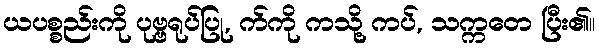
ယပစ္စည်းကို ပုဗ္ဗရုပ်ပြု, က်ကို ကသို့ ကပ်, သက္ကတေ ပြီး၏။